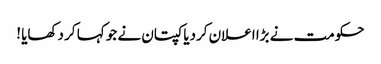
حکومت نے بڑا اعلان کردیا کپتان نے جو کہا کر دکھایا !